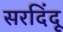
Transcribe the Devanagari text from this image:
सरदिंदू